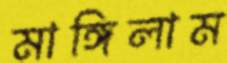
মাঙ্গিলাম